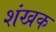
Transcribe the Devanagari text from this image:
शंखक